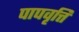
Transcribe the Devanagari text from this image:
पापवृत्ति